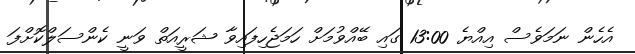
އެހެން ނަމަވެސް އިއްޔެ 13:00 ގައި ބޭއްވުމަށް ހަމަޖެހިފައިވާ ޝަރީއަތް ވަނީ ކެންސަލްކޮށްފަ